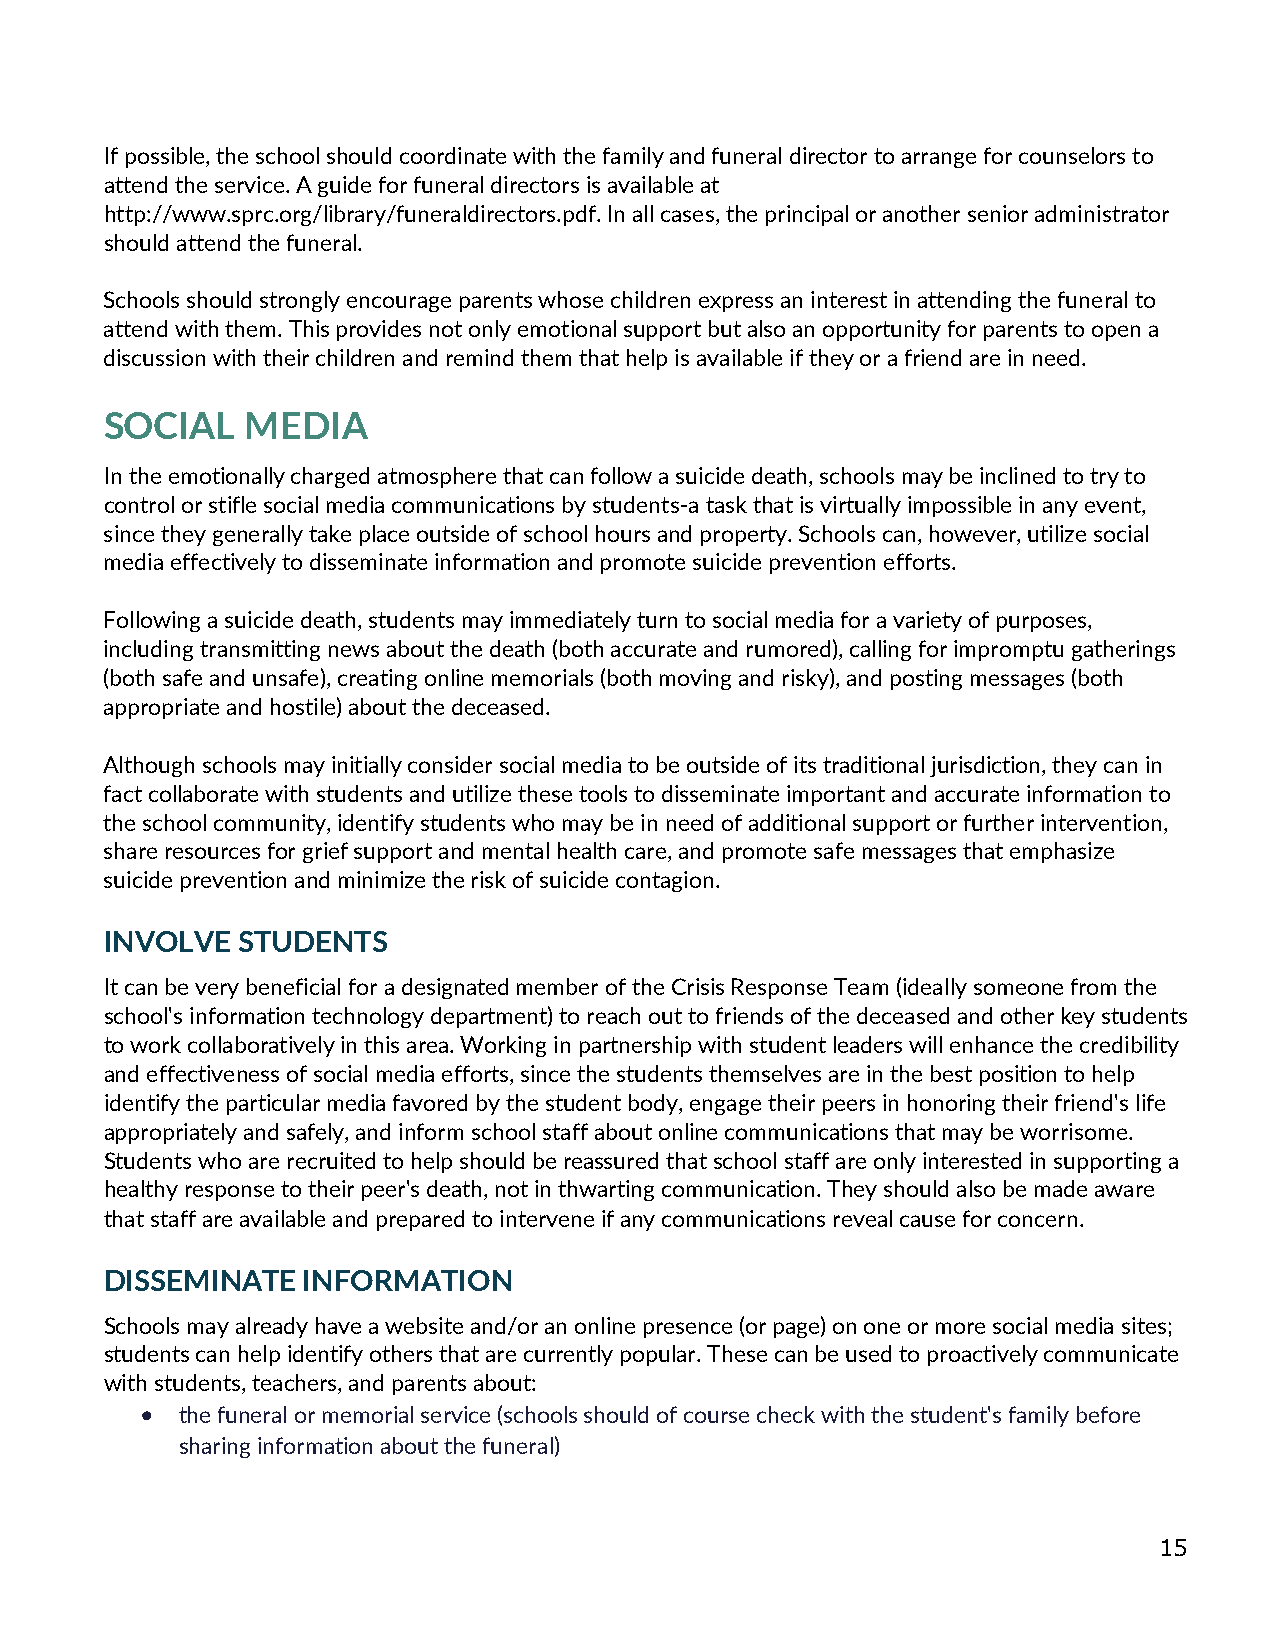
If possible, the school should coordinate with the family and funeral director to arrange for counselors to
 attend the service. A guide for funeral directors is available at
 http://www.sprc.org/library/funeraldirectors.pdf. In all cases, the principal or another senior administrator
 should attend the funeral.
 Schools should strongly encourage parents whose children express an interest in attending the funeral to
 attend with them. This provides not only emotional support but also an opportunity for parents to open a
 discussion with their children and remind them that help is available if they or a friend are in need.
 SOCIAL   MEDIA
 In the emotionally charged atmosphere that can follow a suicide death, schools may be inclined to try to
 control or stifle social media communications by students-a task that is virtually impossible in any event,
 since they generally take place outside of school hours and property. Schools can, however, utilize social
 media effectively to disseminate information and promote suicide prevention efforts.
 Following a suicide death, students may immediately turn to social media for a variety of purposes,
 including transmitting news about the death (both accurate and rumored), calling for impromptu gatherings
 (both safe and unsafe), creating online memorials (both moving and risky), and posting messages (both
 appropriate and hostile) about the deceased.
 Although schools may initially consider social media to be outside of its traditional jurisdiction, they can in
 fact collaborate with students and utilize these tools to disseminate important and accurate information to
 the school community, identify students who may be in need of additional support or further intervention,
 share resources for grief support and mental health care, and promote safe messages that emphasize
 suicide prevention and minimize the risk of suicide contagion.
 INVOLVE  STUDENTS
 It can be very beneficial for a designated member of the Crisis Response Team (ideally someone from the
 school's information technology department) to reach out to friends of the deceased and other key students
 to work collaboratively in this area. Working in partnership with student leaders will enhance the credibility
 and effectiveness of social media efforts, since the students themselves are in the best position to help
 identify the particular media favored by the student body, engage their peers in honoring their friend's life
 appropriately and safely, and inform school staff about online communications that may be worrisome.
 Students who are recruited to help should be reassured that school staff are only interested in supporting a
 healthy response to their peer's death, not in thwarting communication. They should also be made aware
 that staff are available and prepared to intervene if any communications reveal cause for concern.
 DISSEMINATE  INFORMATION
 Schools may already have a website and/or an online presence (or page) on one or more social media sites;
 students can help identify others that are currently popular. These can be used to proactively communicate
 with students, teachers, and parents about:
 •  the funeral or memorial service (schools should of course check with the student's family before
 sharing information about the funeral)
 15